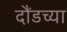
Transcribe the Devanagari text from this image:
दौंडच्या